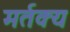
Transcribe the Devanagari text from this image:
मर्तक्य